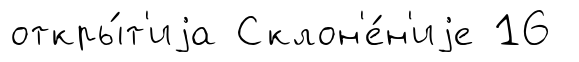
откры́т'иjа Склон'е́н'иjе 16